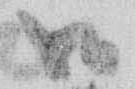
御